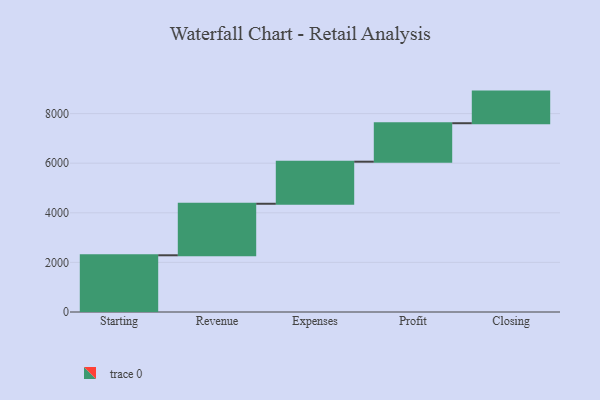
{"axis": {"x": "Step", "y": "Value"}, "legend": [""], "data": [{"x": "Starting", "y": 2287.0, "type": ""}, {"x": "Revenue", "y": 2077.0, "type": ""}, {"x": "Expenses", "y": 1696.0, "type": ""}, {"x": "Profit", "y": 1551.0, "type": ""}, {"x": "Closing", "y": 1275.0, "type": ""}]}